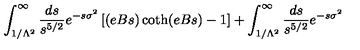
\int _ { 1 / \Lambda ^ { 2 } } ^ { \infty } { \frac { d s } { s ^ { 5 / 2 } } } e ^ { - s \sigma ^ { 2 } } \left[ ( e B s ) \coth ( e B s ) - 1 \right] + \int _ { 1 / \Lambda ^ { 2 } } ^ { \infty } { \frac { d s } { s ^ { 5 / 2 } } } e ^ { - s \sigma ^ { 2 } }